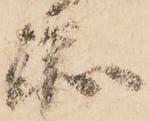
衛